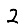
Digit: 2